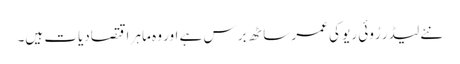
نئے لیڈر رُوئی ریو کی عمر ساٹھ برس ہے اور وہ ماہر اقتصادیات ہیں۔